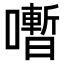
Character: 𡃞